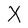
Character: X